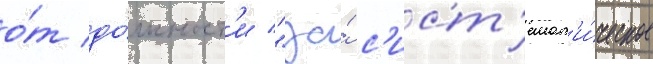
о́т до́лжност'и "за́ с'ист'емат'и́ческое